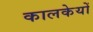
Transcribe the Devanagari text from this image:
कालकेयों